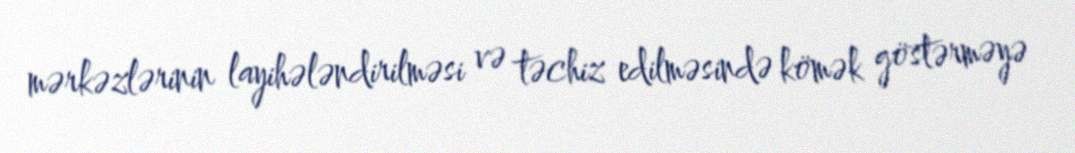
mərkəzlərinin layihələndirilməsi və təchiz edilməsində kömək göstərməyə